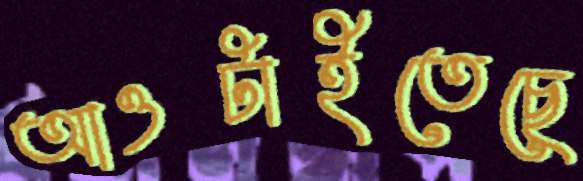
আওটাইতেছে